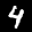
Label: 4